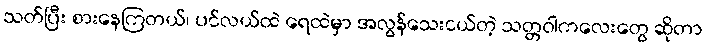
သတ်ပြီး စားနေကြတယ်၊ ပင်လယ်ထဲ ရေထဲမှာ အလွန်သေးငယ်တဲ့ သတ္တဝါကလေးတွေ ဆိုတာ